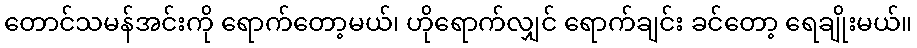
တောင်သမန်အင်းကို ရောက်တော့မယ်၊ ဟိုရောက်လျှင် ရောက်ချင်း ခင်တော့ ရေချိုးမယ်။